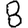
Digit: 8